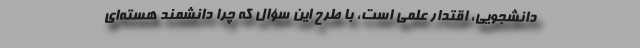
دانشجویی، اقتدار علمی است، با طرح این سؤال که چرا دانشمند هسته‌ای